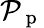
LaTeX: \mathcal{P}_{\mathrm{{~p~}}}